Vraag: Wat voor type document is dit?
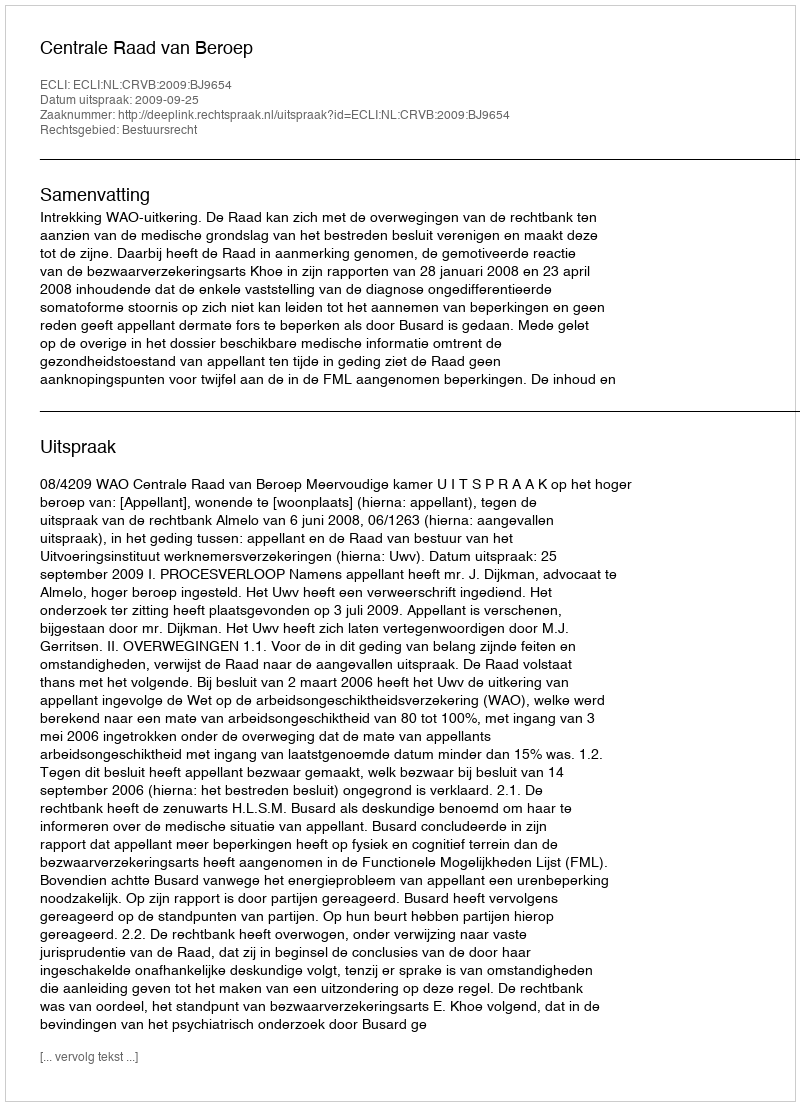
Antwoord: Uitspraak